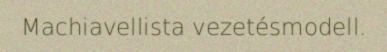
Machiavellista vezetésmodell.